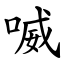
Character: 喴